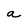
Character: a